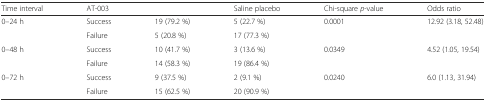
| Time interval | <COLSPAN=2> AT-003 | Saline placebo | Chi-square p-value | Odds ratio |
 | --- | --- | --- | --- | --- | --- |
 | <ROWSPAN=2> 0–24 h | Success | 19 (79.2 %) | 5 (22.7 %) | 0.0001 | 12.92 (3.18, 52.48) |
 | Failure | 5 (20.8 %) | 17 (77.3 %) |  |  |
 | <ROWSPAN=2> 0–48 h | Success | 10 (41.7 %) | 3 (13.6 %) | 0.0349 | 4.52 (1.05, 19.54) |
 | Failure | 14 (58.3 %) | 19 (86.4 %) |  |  |
 | <ROWSPAN=2> 0–72 h | Success | 9 (37.5 %) | 2 (9.1 %) | 0.0240 | 6.0 (1.13, 31.94) |
 | Failure | 15 (62.5 %) | 20 (90.9 %) |  |  |